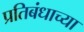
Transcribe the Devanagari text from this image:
प्रतिबंधाच्या